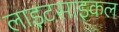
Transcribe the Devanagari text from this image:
लाइटसाइकल